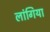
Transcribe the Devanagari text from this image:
लांगिया